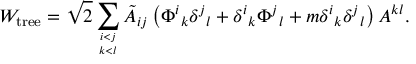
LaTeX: W _ { \mathrm { t r e e } } = \sqrt { 2 } \sum _ { i < j \atop k < l } \tilde { A } _ { i j } \left( \Phi ^ { i } { } _ { k } \delta ^ { j } { } _ { l } + \delta ^ { i } { } _ { k } \Phi ^ { j } { } _ { l } + m \delta ^ { i } { } _ { k } \delta ^ { j } { } _ { l } \right) A ^ { k l } .